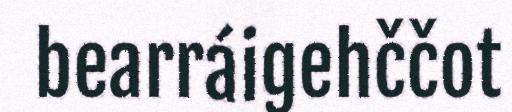
bearráigehččot